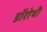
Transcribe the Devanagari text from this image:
डॉरोथी